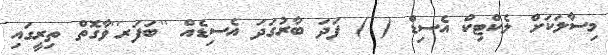
މިސާލަކަށް ލެކްޓިކް އެސިޑް ( ) ފަދަ ބާރުގަދަ އެސިޑެއް ''ބަފަރ''ވާގޮތް ތިރީގައި